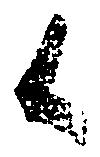
候